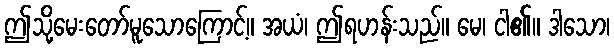
ဤသို့မေးတော်မူသောကြောင့်။ အယံ၊ ဤရဟန်းသည်။ မေ၊ ငါ၏။ ဒါသော၊